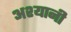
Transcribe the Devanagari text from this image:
अश्यानी